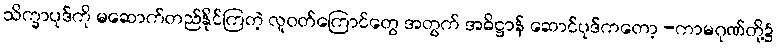
သိက္ခာပုဒ်ကို မဆောက်တည်နိုင်ကြတဲ့ လူဝတ်ကြောင်တွေ အတွက် အဓိဋ္ဌာန် ဆောင်ပုဒ်ကတော့ -ကာမဂုဏ်တို့၌